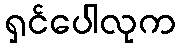
ရှင်ပေါလုက